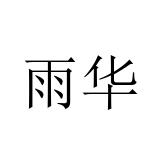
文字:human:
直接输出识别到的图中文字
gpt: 雨华